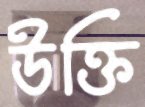
উক্তি